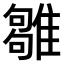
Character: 𩀣